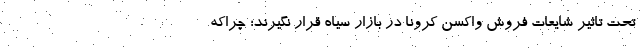
تحت تاثیر شایعات فروش واکسن کرونا در بازار سیاه قرار نگیرند؛ چراکه